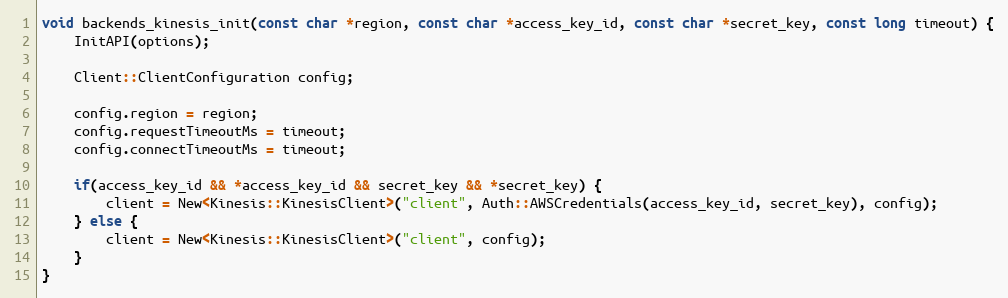
Language: C++
void backends_kinesis_init(const char *region, const char *access_key_id, const char *secret_key, const long timeout) {
    InitAPI(options);

    Client::ClientConfiguration config;

    config.region = region;
    config.requestTimeoutMs = timeout;
    config.connectTimeoutMs = timeout;

    if(access_key_id && *access_key_id && secret_key && *secret_key) {
        client = New<Kinesis::KinesisClient>("client", Auth::AWSCredentials(access_key_id, secret_key), config);
    } else {
        client = New<Kinesis::KinesisClient>("client", config);
    }
}